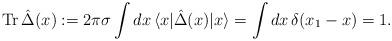
LaTeX: \begin{align*}\mathrm{Tr}\,\hat{\Delta}(x):=2\pi\sigma\int dx\, \langle x| \hat{\Delta}(x)|x\rangle=\int dx\,\delta(x_1-x)=1. \end{align*}